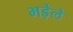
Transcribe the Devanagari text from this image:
भड़ेले